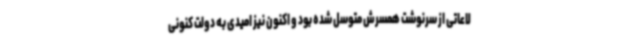
لاعاتی از سرنوشت همسرش متوسل شده بود و اکنون نیز امیدی به دولت کنونی